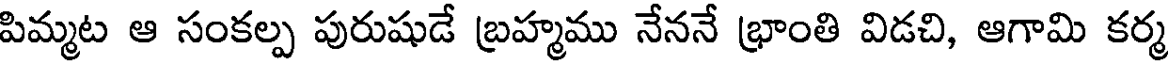
పిమ్మట ఆ సంకల్ప పురుషుడే బ్రహ్మము నేననే భ్రాంతి విడచి, ఆగామి కర్మ